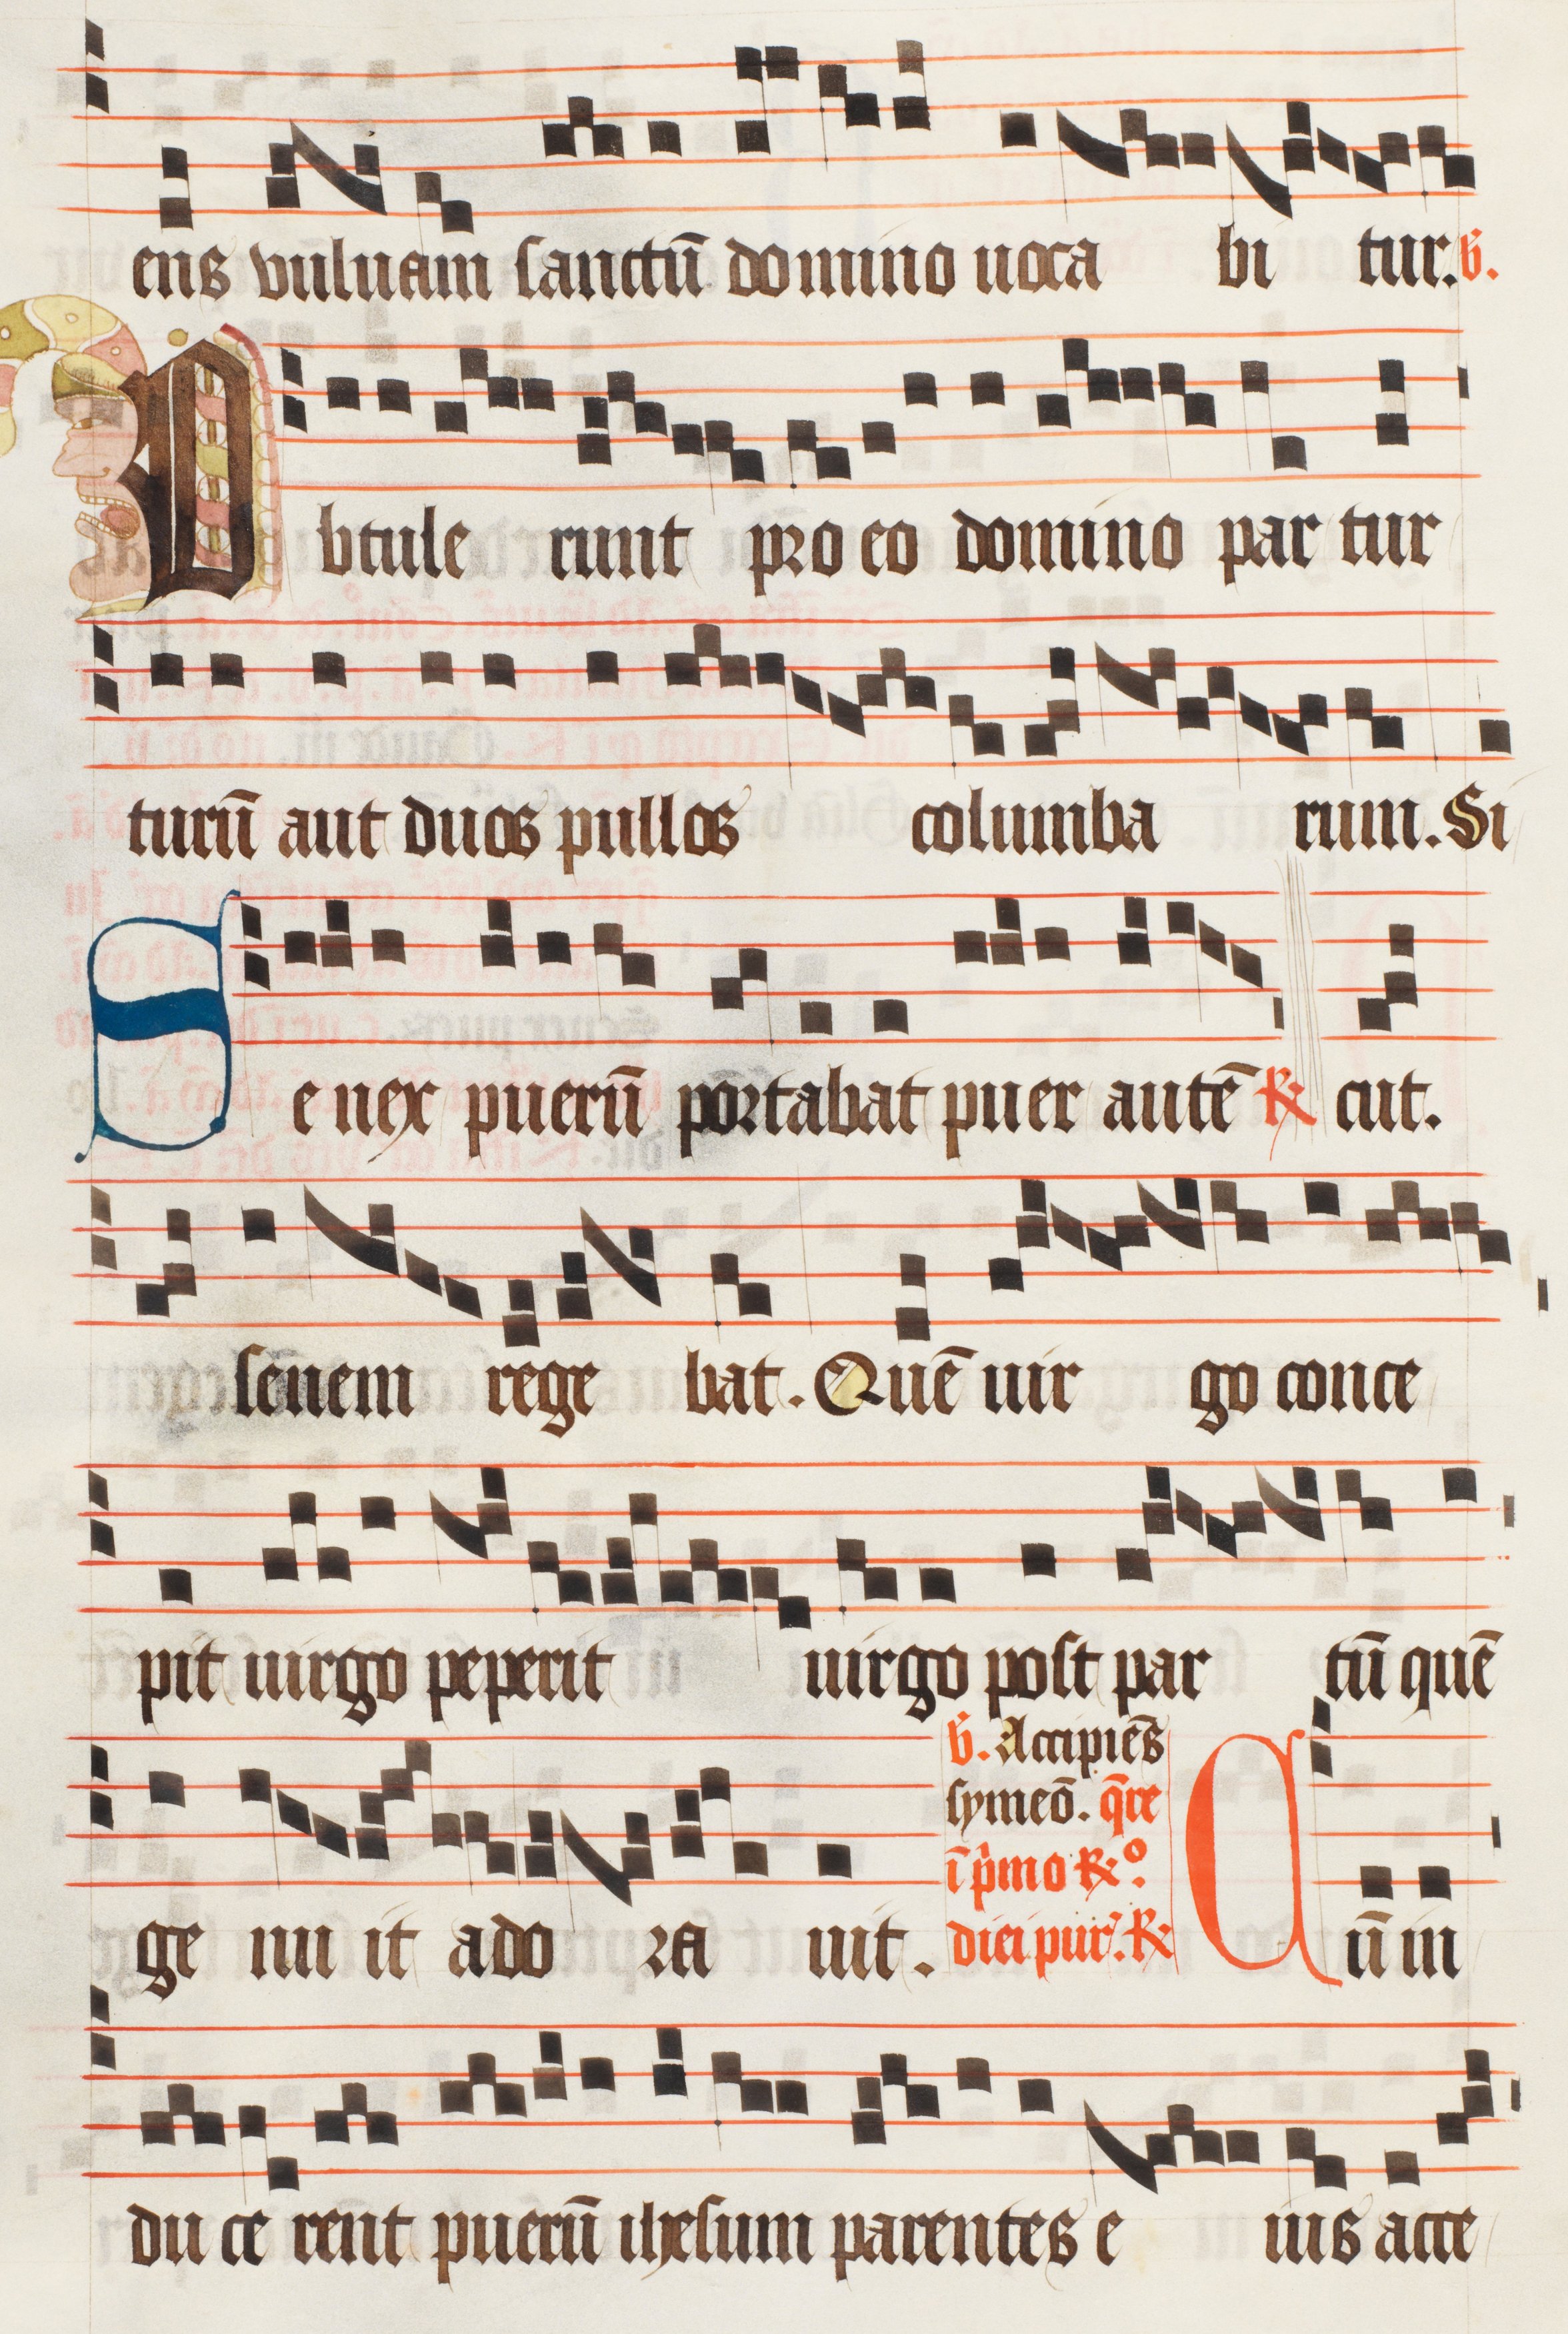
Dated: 1474–1505